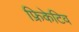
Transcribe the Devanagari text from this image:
फ्रिकेटिव